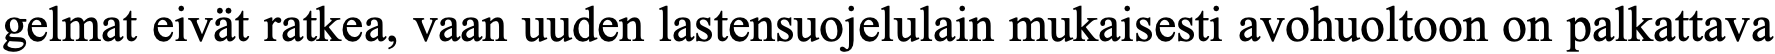
gelmat eivät ratkea, vaan uuden lastensuojelulain mukaisesti avohuoltoon on palkattava